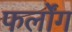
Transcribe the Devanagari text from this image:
फर्लोंग